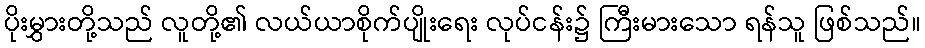
ပိုးမွှားတို့သည် လူတို့၏ လယ်ယာစိုက်ပျိုးရေး လုပ်ငန်း၌ ကြီးမားသော ရန်သူ ဖြစ်သည်။